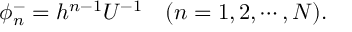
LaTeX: \phi _ { n } ^ { - } = h ^ { n - 1 } U ^ { - 1 } \quad ( n = 1 , 2 , \cdots , { \cal N } ) .